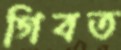
গিবত